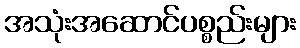
အသုံးအဆောင်ပစ္စည်းများ